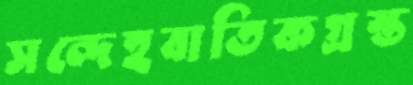
সন্দেহবাতিকগ্রস্ত